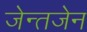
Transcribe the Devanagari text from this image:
जेन्तजेन